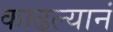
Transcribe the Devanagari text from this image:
काढल्यानं